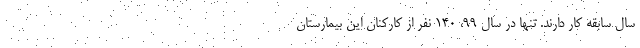
سال سابقه کار دارند. تنها در سال ۹۹، ۱۴۰ نفر از کارکنان این بیمارستان